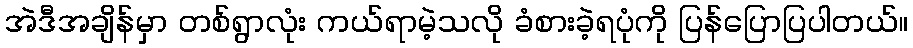
အဲဒီအချိန်မှာ တစ်ရွာလုံး ကယ်ရာမဲ့သလို ခံစားခဲ့ရပုံကို ပြန်ပြောပြပါတယ်။